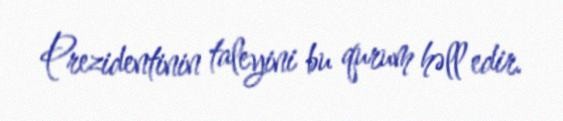
Prezidentinin taleyini bu qurum həll edir.